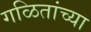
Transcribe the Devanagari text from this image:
गळितांच्या